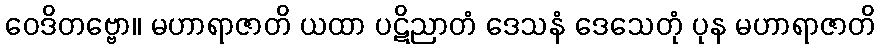
ဝေဒိတဗ္ဗော။ မဟာရာဇာတိ ယထာ ပဋိညာတံ ဒေသနံ ဒေသေတုံ ပုန မဟာရာဇာတိ